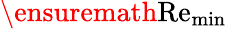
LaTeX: \ensuremath\mathrm{{Re}}_{\mathrm{min}}